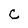
Character: c